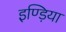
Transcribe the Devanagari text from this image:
इण्ड़िया